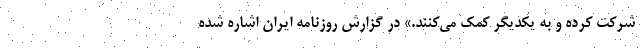
شرکت کرده و به یکدیگر کمک می‌کنند.» در گزارش روزنامه ایران اشاره شده